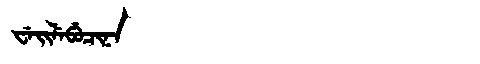
Manchu: ᠸᡝᡳᠯᡝᠪᡠᠴᡳᠨᠠ
Romanization: WEILEBUCINA